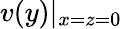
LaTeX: v(y)\rvert_{x=z=0}